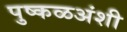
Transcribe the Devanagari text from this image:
पुष्कळअंशी